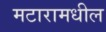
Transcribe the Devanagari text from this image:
मटारामधील